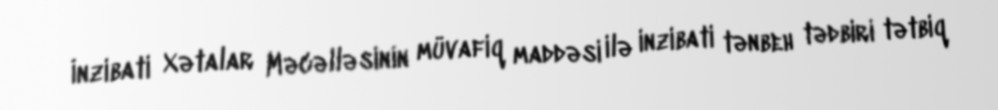
İnzibati Xətalar Məcəlləsinin müvafiq maddəsi ilə inzibati tənbeh tədbiri tətbiq